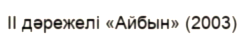
II дәрежелі «Айбын» (2003)